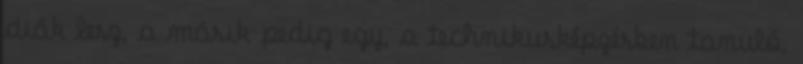
diák lesz, a másik pedig egy, a technikusképzésben tanuló,